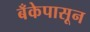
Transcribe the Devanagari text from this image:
बँकेपासून